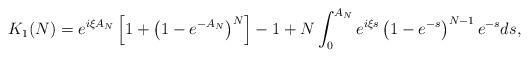
LaTeX: \begin{align*}K_1(N) = e^{i \xi A_N} \left[1 + \left(1 - e^{-A_N}\right)^N\right] - 1+ N \int_0^{A_N} e^{i \xi s} \left(1 - e^{- s} \right)^{N-1} e^{- s} ds,\end{align*}